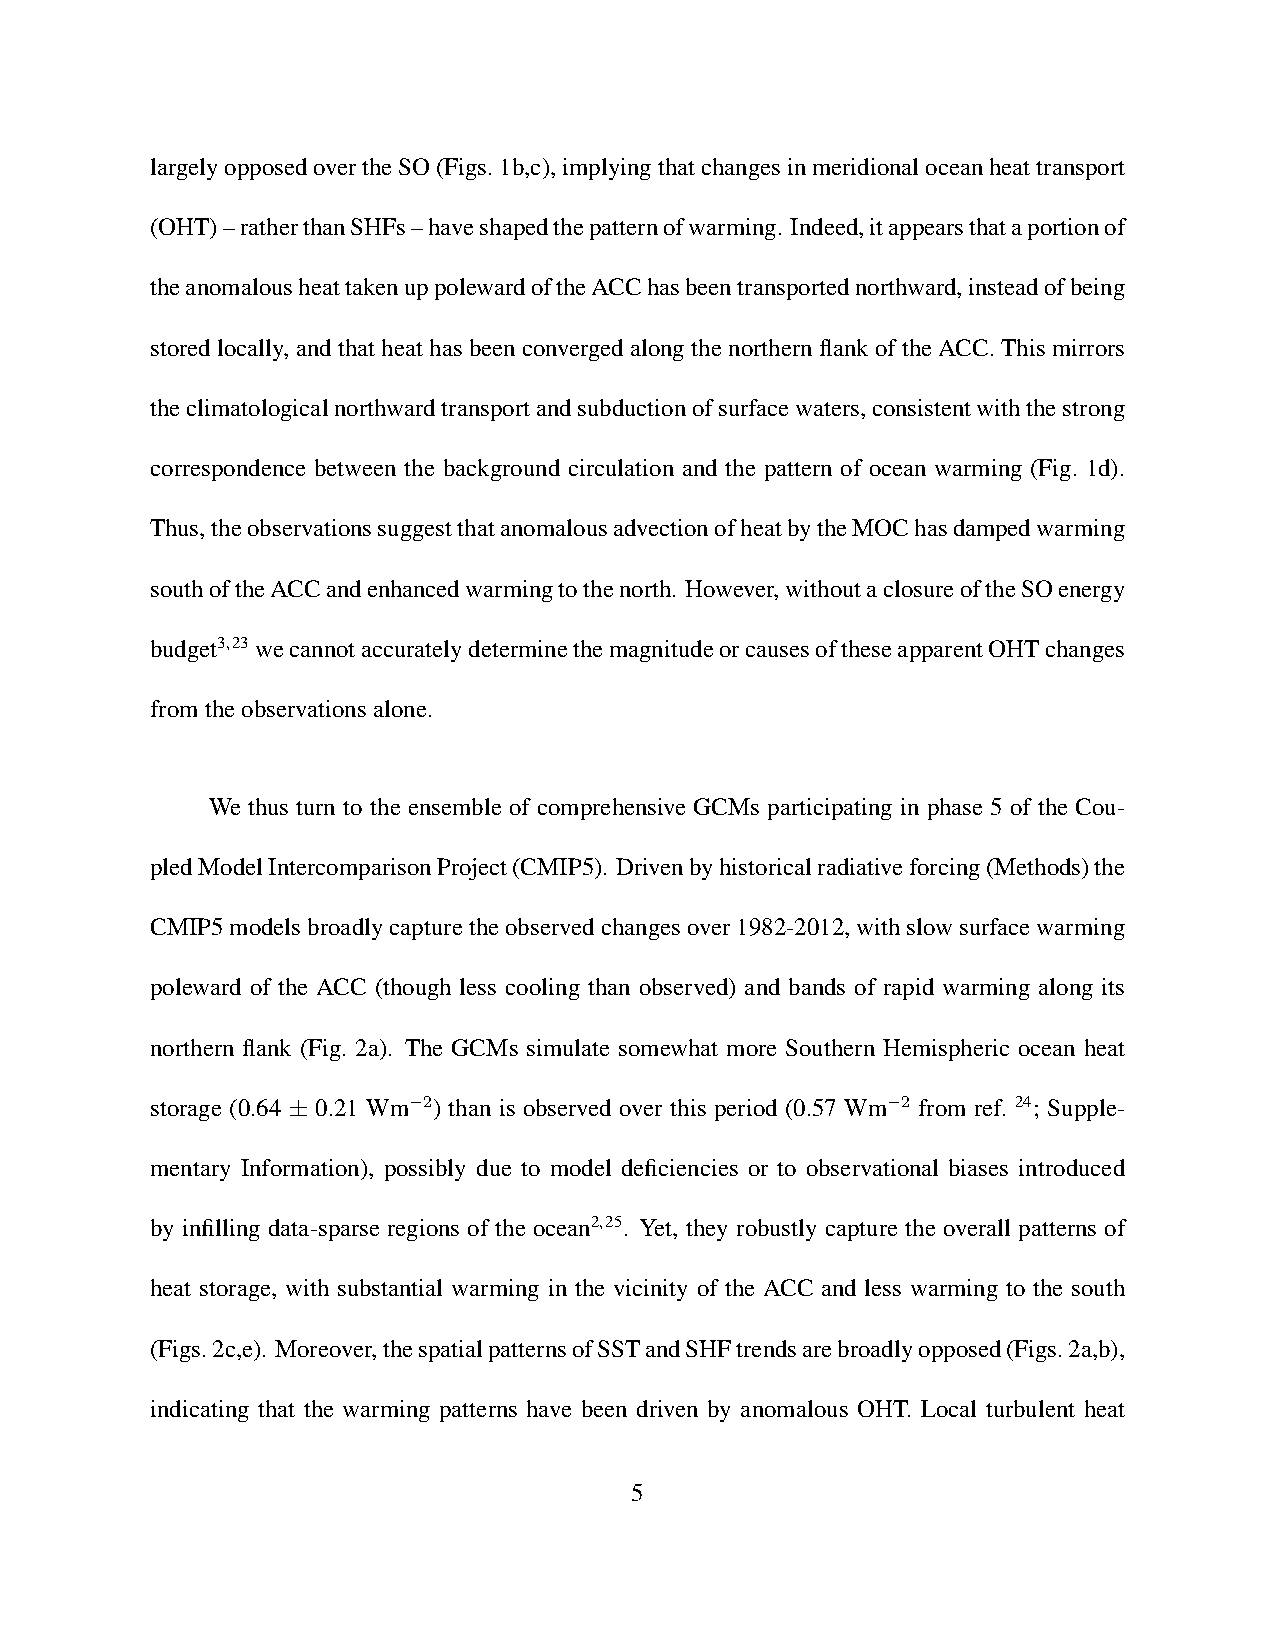
largelyopposedovertheSO(Figs.1b,c),implyingthatchangesinmeridionaloceanheattransport
 (OHT)–ratherthanSHFs–haveshapedthepatternofwarming. Indeed,itappearsthataportionof
 theanomalousheattakenuppolewardoftheACChasbeentransportednorthward,insteadofbeing
 storedlocally,andthatheathasbeenconvergedalongthenorthernflankoftheACC.Thismirrors
 theclimatologicalnorthwardtransportandsubductionofsurfacewaters,consistentwiththestrong
 correspondence between the background circulation and the pattern of ocean warming (Fig. 1d).
 Thus,theobservationssuggestthatanomalousadvectionofheatbytheMOChasdampedwarming
 southoftheACCandenhancedwarmingtothenorth. However,withoutaclosureoftheSOenergy
 budget3,23wecannotaccuratelydeterminethemagnitudeorcausesoftheseapparentOHTchanges
 fromtheobservationsalone.
 We thus turn to the ensemble of comprehensive GCMs participating in phase 5 of the Cou-
 pledModelIntercomparisonProject(CMIP5). Drivenbyhistoricalradiativeforcing(Methods)the
 CMIP5modelsbroadlycapturetheobservedchangesover1982-2012,withslowsurfacewarming
 poleward of the ACC (though less cooling than observed) and bands of rapid warming along its
 northern flank (Fig. 2a). The GCMs simulate somewhat more Southern Hemispheric ocean heat
 storage (0.64 ± 0.21 Wm−2) than is observed over this period (0.57 Wm−2 from ref. 24; Supple-
 mentary Information), possibly due to model deficiencies or to observational biases introduced
 by infilling data-sparse regions of the ocean2,25. Yet, they robustly capture the overall patterns of
 heat storage, with substantial warming in the vicinity of the ACC and less warming to the south
 (Figs.2c,e). Moreover,thespatialpatternsofSSTandSHFtrendsarebroadlyopposed(Figs.2a,b),
 indicating that the warming patterns have been driven by anomalous OHT. Local turbulent heat
 5